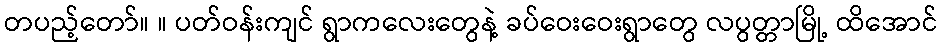
တပည့်တော်။ ။ ပတ်ဝန်းကျင် ရွာကလေးတွေနဲ့ ခပ်ဝေးဝေးရွာတွေ လပွတ္တာမြို့ ထိအောင်